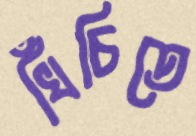
খিঁচিতে